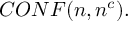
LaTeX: C O N F ( n , n ^ { c } ) .